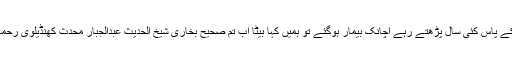
مجھے شیخ عبدالرشید جیتی والے نے بیان کیا کہ ہم بابا جی کے پاس کئی سال پڑھتے رہے اچانک بیمار ہوگئے تو ہمیں کہا بیٹا اب تم صحیح بخاری شیخ الحدیث عبدالجبار محدث کھنڈیلوی رحمہ اللہ کے پاس جا کر پڑھیں کیونکہ وہ بہت بڑے محدث ہیں ۔